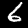
Digit: 6